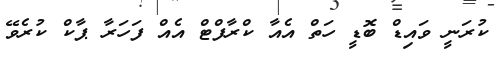
ކުރަނީ ވައިޑް ބޮޑީ ހަތް އެއާ ކްރާފްޓް އެއް ފަހަރާ ޕާކް ކުރެވޭ